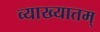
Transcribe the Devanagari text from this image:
व्याख्यातम्